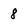
Character: 8